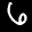
Label: 6